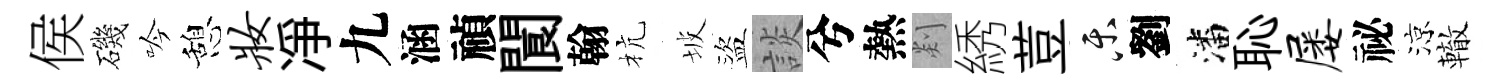
侯磯吟憩妆凈九涵禎閬翰杭坡盜談兮熱剡綉荳乐劉潘恥屡祕涼轍